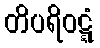
တိပရိဝဋ္ဋံ